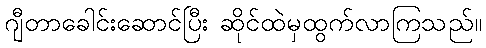
ဂျီတာခေါင်းဆောင်ပြီး ဆိုင်ထဲမှထွက်လာကြသည်။